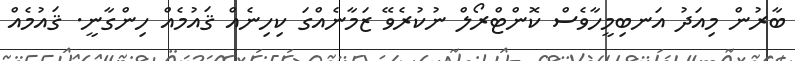
ބާރުން މިއަދު އަނބިމީހާވެސް ކޮންޓްރޯލް ނުކުރެވޭ ޒަމާނެއްގަ ކިހިނެއް ޤައުމެއް ހިންގާނީ. ޤައުމެއް